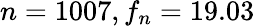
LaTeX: n=1007,f_{n}=19.03